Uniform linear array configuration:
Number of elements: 12
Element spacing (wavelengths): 0.5
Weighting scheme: hamming
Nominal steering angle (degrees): -45
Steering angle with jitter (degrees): -45.745
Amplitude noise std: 0.05
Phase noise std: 0.05

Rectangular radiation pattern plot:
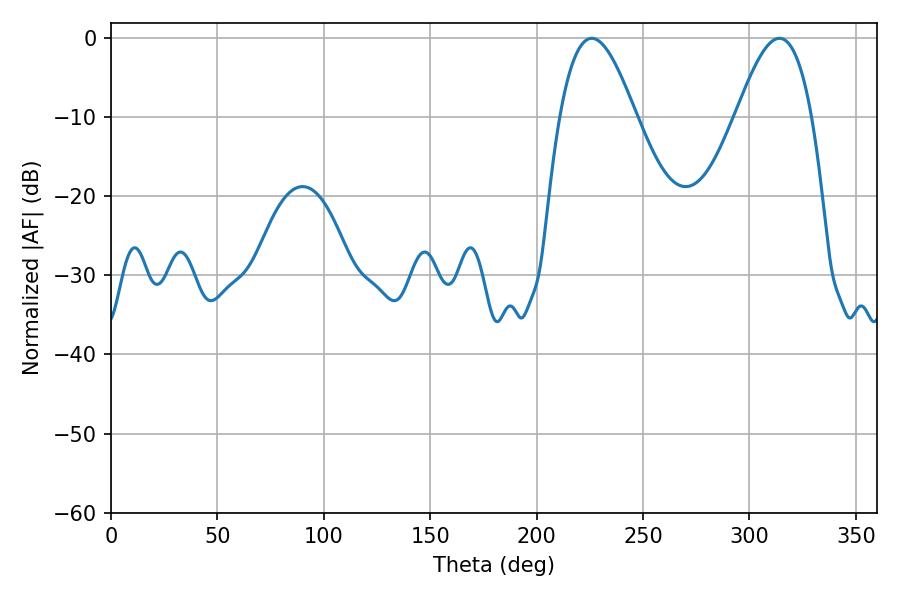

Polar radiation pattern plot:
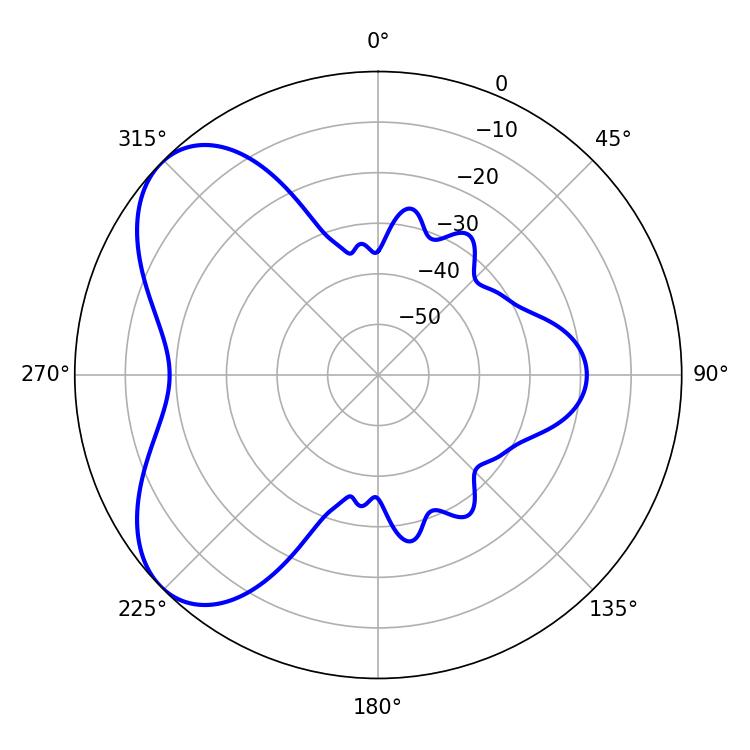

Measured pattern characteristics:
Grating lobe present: FALSE
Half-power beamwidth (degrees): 19.26
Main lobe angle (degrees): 225.9